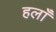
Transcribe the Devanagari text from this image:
हलाँ